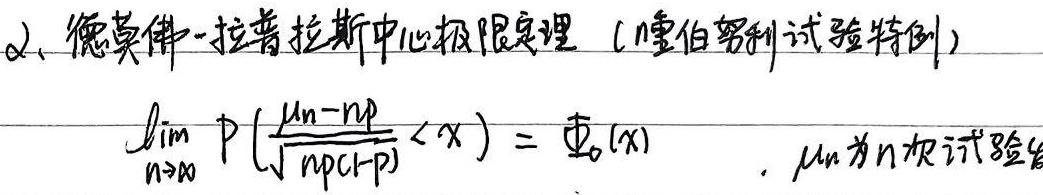
2、德莫佛 - 拉普拉斯中心极限定理（棣伯努利试验特例）

\[
\lim_{n\rightarrow\infty}P\left(\frac{\mu_{n}-np}{\sqrt{np(1 - p)}}<x\right)=\varPhi_{0}(x)
\]
\(\mu_{n}\)为\(n\)次试验中